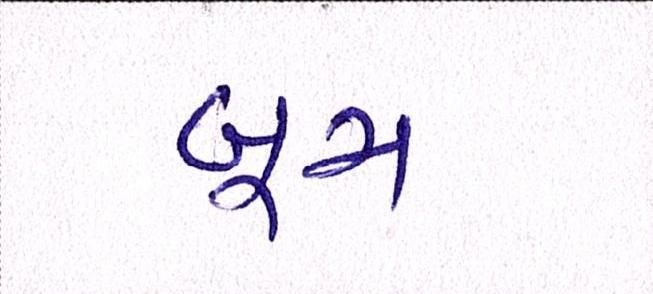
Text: બૂમ